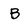
Character: B